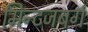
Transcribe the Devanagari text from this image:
मिन्टजबर्ग